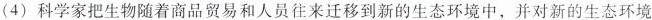
(4) 科学家把生物随着商品贸易和人员往来迁移到新的生态环境中，并对新的生态环境